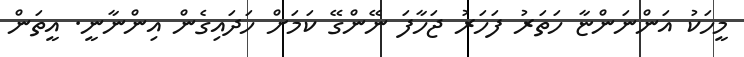
މީހަކު އަންނަންޏާ ހަތަރު ފަހަރު ޖަހާފަ ނޭންގޭ ކަމަށް ހަދައިގެން އިންނާނީ. އީތަން